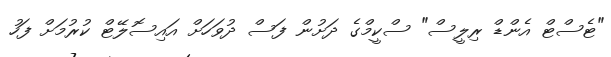
"ޓެސްޓް އެންޑް ރިލީސް" ސްކީމްގެ ދަށުން ފަސް ދުވަހަށް އައިސޮލޭޓް ކުރުމަށް ފަހު